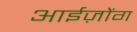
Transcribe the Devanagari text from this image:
आईज़ोंग